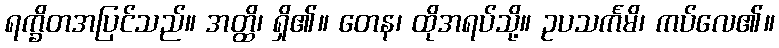
ရက္ခိတအပြင်သည်။ အတ္ထိ၊ ရှိ၏။ တေန၊ ထိုအရပ်သို့။ ဥပသင်္ကမိ၊ ကပ်လေ၏။